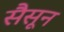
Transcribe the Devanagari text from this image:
सैसून